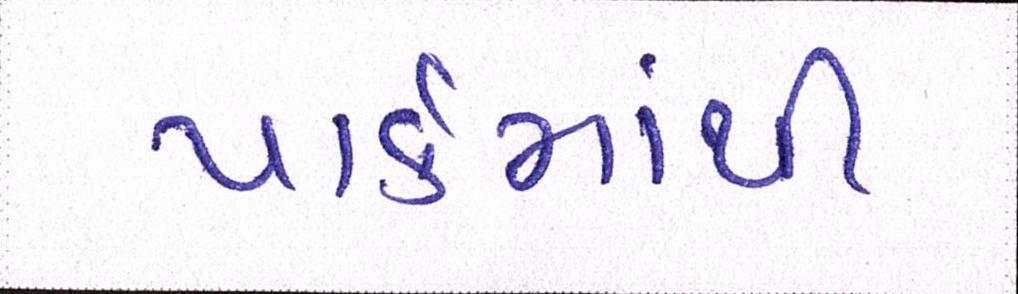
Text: પાર્કમાંથી